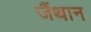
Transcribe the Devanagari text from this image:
जैंथान